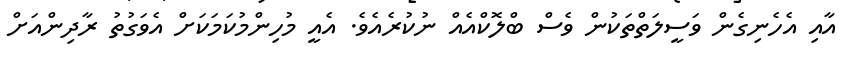
އާއި އެހެނިގެން ވަސީލަތްތަކުން ވެސް ބްލޮކްއެއް ނުކުރެއެވެ. އެއީ މުހިންމުކަމަކަށް އެވަގުތު ރާދިންއަށް